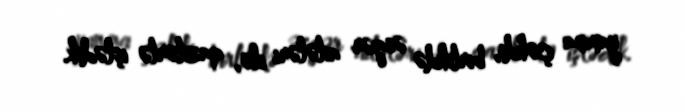
yanına çəkdi, birlikdə əsgər ailələri ilə, qazilərlə işlədik.